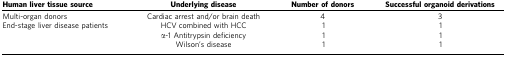
<table><thead><tr><td><b>Human liver tissue source</b></td><td><b>Underlying disease</b></td><td><b>Number of donors</b></td><td><b>Successful organoid derivations</b></td></tr></thead><tbody><tr><td>Multi-organ donors</td><td>Cardiac arrest and/or brain death</td><td>4</td><td>3</td></tr><tr><td>End-stage liver disease patients</td><td>HCV combined with HCC</td><td>1</td><td>1</td></tr><tr><td>[EMPTY_CELL]</td><td>α-1 Antitrypsin deficiency</td><td>1</td><td>1</td></tr><tr><td>[EMPTY_CELL]</td><td>Wilson's disease</td><td>1</td><td>1</td></tr></tbody></table>